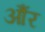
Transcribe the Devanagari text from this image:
औंर